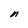
Character: n